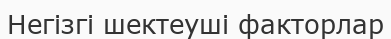
Негізгі шектеуші факторлар